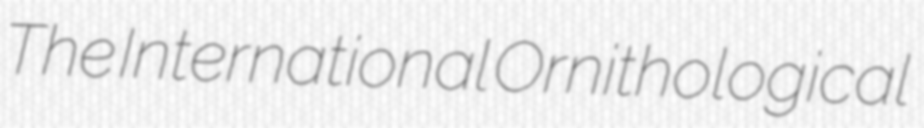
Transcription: The International Ornithological